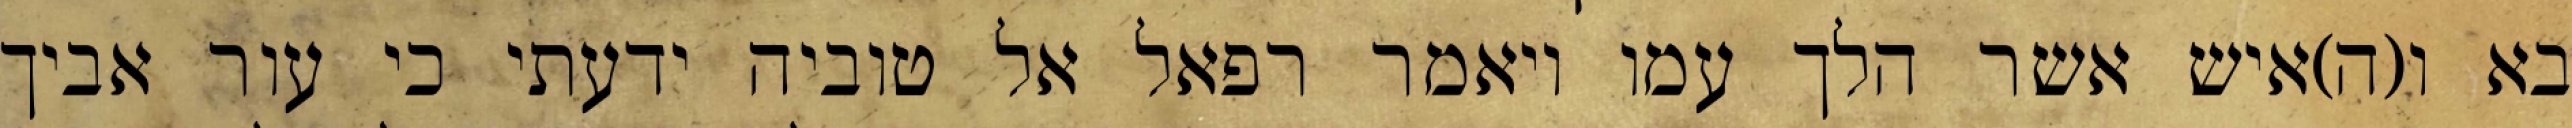
בא ו(ה)איש אשר הלך עמו ויאמר רפאל אל טוביה ידעתי כי עור אביך